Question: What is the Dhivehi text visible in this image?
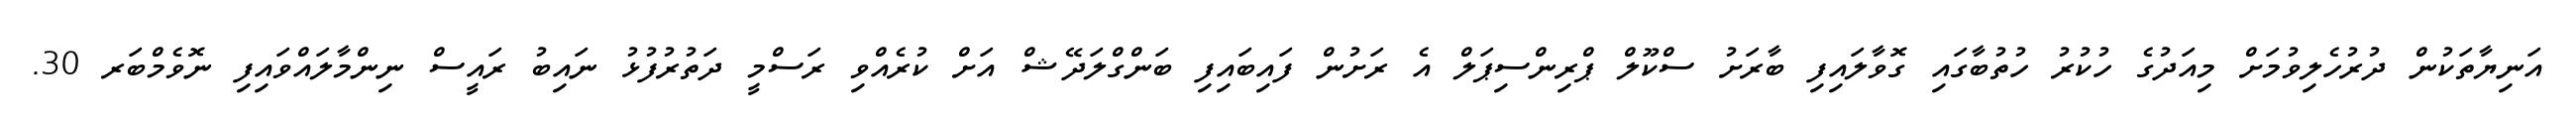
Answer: އަނިޔާތަކުން ދުރުހެލިވުމަށް މިއަދުގެ ހުކުރު ހުތުބާގައި ގޮވާލައިފި ބާރަށު ސްކޫލް ޕްރިންސިޕަލް އެ ރަށުން ފައިބައިފި ބަންގްލަދޭޝް އަށް ކުރެއްވި ރަސްމީ ދަތުރުފުޅު ނައިބު ރައީސް ނިންމާލައްވައިފި ނޮވެމްބަރ 30.